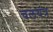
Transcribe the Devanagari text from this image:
चलयंत्र